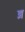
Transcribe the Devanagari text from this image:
ढ्म